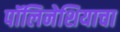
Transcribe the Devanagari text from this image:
पॉलिनेशियाचा